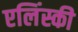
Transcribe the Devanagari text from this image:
एलिंस्की